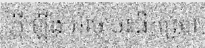
ក្តីឡើង អាចចេះផឹកស្រា